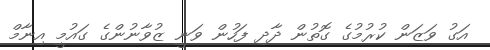
އަގު ވަޒަން ކުރުމުގެ ގޮތުން ދާދި ފަހުން ވަނީ ޒުވާނުންގެ ގައުމީ އިނާމް